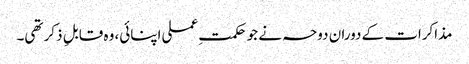
مذاکرات کے دوران دوحہ نے جو حکمتِ عملی اپنائی، وہ قابلِ ذکر تھی۔